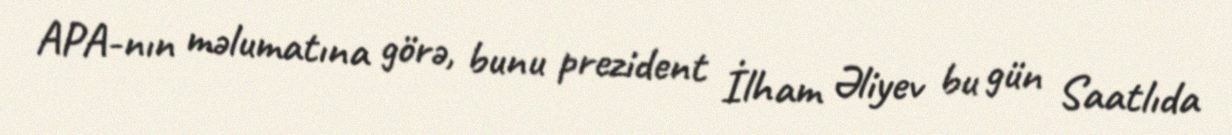
APA-nın məlumatına görə, bunu prezident İlham Əliyev bu gün Saatlıda